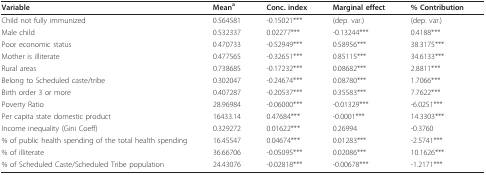
<table><thead><tr><td><b>Variable</b></td><td><b>Mean<sup>a</sup></b></td><td><b>Conc. index</b></td><td><b>Marginal effect</b></td><td><b>% Contribution</b></td></tr></thead><tbody><tr><td>Child not fully immunized</td><td>0.564581</td><td>-0.15021***</td><td>(dep. var.)</td><td>(dep. var.)</td></tr><tr><td>Male child</td><td>0.532337</td><td>0.02277***</td><td>-0.13244***</td><td>0.4188***</td></tr><tr><td>Poor economic status</td><td>0.470733</td><td>-0.52949***</td><td>0.58956***</td><td>38.3175***</td></tr><tr><td>Mother is illiterate</td><td>0.477565</td><td>-0.32651***</td><td>0.85115***</td><td>34.6133***</td></tr><tr><td>Rural areas</td><td>0.738685</td><td>-0.17232***</td><td>0.08682***</td><td>2.8811***</td></tr><tr><td>Belong to Scheduled caste/tribe</td><td>0.302047</td><td>-0.24674***</td><td>0.08780***</td><td>1.7066***</td></tr><tr><td>Birth order 3 or more</td><td>0.407287</td><td>-0.20537***</td><td>0.35583***</td><td>7.7622***</td></tr><tr><td>Poverty Ratio</td><td>28.96984</td><td>-0.06000***</td><td>-0.01329***</td><td>-6.0251***</td></tr><tr><td>Per capita state domestic product</td><td>16433.14</td><td>0.47684***</td><td>-0.0001***</td><td>14.3303***</td></tr><tr><td>Income inequality (Gini Coeff)</td><td>0.329272</td><td>0.01622***</td><td>0.26994</td><td>-0.3760</td></tr><tr><td>% of public health spending of the total health spending</td><td>16.45547</td><td>0.04674***</td><td>0.01283***</td><td>-2.5741***</td></tr><tr><td>% of illiterate</td><td>36.66706</td><td>-0.05095***</td><td>0.02086***</td><td>10.1626***</td></tr><tr><td>% of Scheduled Caste/Scheduled Tribe population</td><td>24.43076</td><td>-0.02818***</td><td>-0.00678***</td><td>-1.2171***</td></tr></tbody></table>